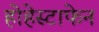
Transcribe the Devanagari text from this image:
होहेस्टाफेन